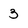
Character: 3